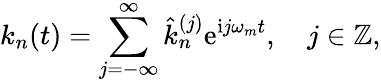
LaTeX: k_{n}(t)=\sum_{j=-\infty}^{\infty}\hat{k}_{n}^{(j)}\mathrm{e}^{\mathrm{i}j\omega_{m}t},\quad j\in\mathbb{Z},